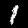
Digit: 1